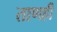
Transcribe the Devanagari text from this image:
ताणही